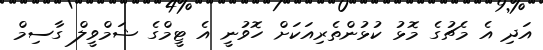
އަދި އެ މެޗުގެ މޮޅު ކުޅުންތެރިއަކަށް ހޮވުނީ އެ ޓީމްގެ ޝަމްވީލް ގާސިމް